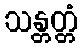
သန္တတ္တံ